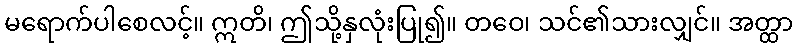
မရောက်ပါစေလင့်။ ဣတိ၊ ဤသို့နှလုံးပြု၍။ တဝေ၊ သင်၏သားလျှင်။ အတ္ထာ